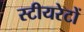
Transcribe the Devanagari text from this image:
स्टीयरेटों